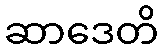
ဆာဒေတိ